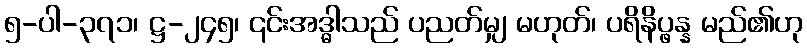
၅-ပါ-၃၇၁၊ ဋ္ဌ-၂၄၅၊ ၎င်းအဒ္ဓါသည် ပညတ်မျှ မဟုတ်၊ ပရိနိပ္ဖန္န မည်၏ဟု